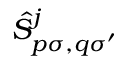
\hat { S } _ { p \sigma , q \sigma ^ { \prime } } ^ { j }